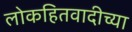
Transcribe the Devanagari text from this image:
लोकहितवादीच्या